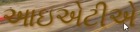
આઇએટીએ